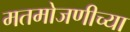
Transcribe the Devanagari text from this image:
मतमोजणीच्या